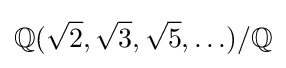
\mathbb {Q} ({\sqrt {2}},{\sqrt {3}},{\sqrt {5}},\ldots )/\mathbb {Q}